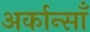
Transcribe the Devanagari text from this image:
अर्कान्साँ